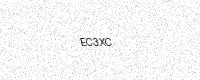
Text: EC3XC